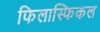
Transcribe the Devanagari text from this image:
फिलास्फिकल